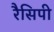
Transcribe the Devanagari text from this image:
रैसिपी